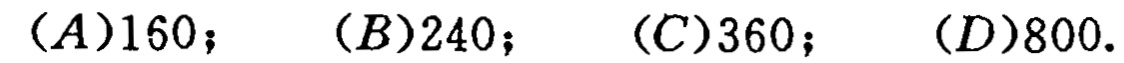
$(A)160；\quad (B)240；\quad (C)360；\quad (D)800.$